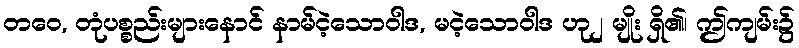
တဝေ, တုံပစ္စည်းများနောင် နာမ်ငဲ့သောဝါဒ, မငဲ့သောဝါဒ ဟု၂ မျိုး ရှိ၏၊ ဤကျမ်း၌